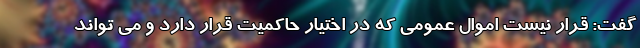
گفت: قرار نیست اموال عمومی که در اختیار حاکمیت قرار دارد و می تواند